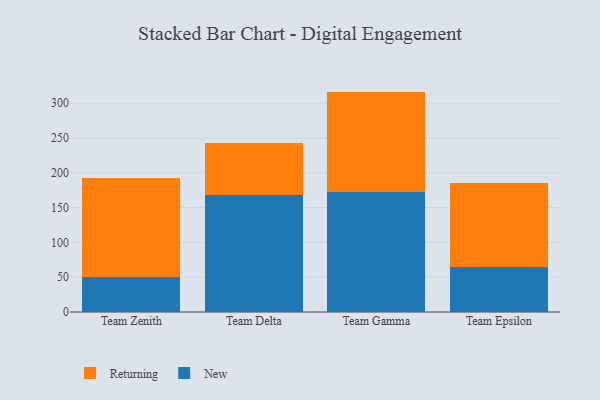
{"axis": {"x": "Team", "y": "Market Share (%)"}, "legend": ["New", "Returning"], "data": [{"x": "Team Zenith", "y": 50.6, "type": "New"}, {"x": "Team Zenith", "y": 142.0, "type": "Returning"}, {"x": "Team Delta", "y": 167.9, "type": "New"}, {"x": "Team Delta", "y": 74.2, "type": "Returning"}, {"x": "Team Gamma", "y": 172.1, "type": "New"}, {"x": "Team Gamma", "y": 144.5, "type": "Returning"}, {"x": "Team Epsilon", "y": 65.0, "type": "New"}, {"x": "Team Epsilon", "y": 119.8, "type": "Returning"}]}